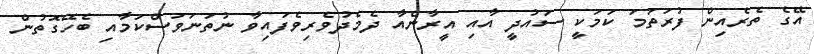
އޭގެ ތެރެއިން ފުރަތަމަ ކަމަކީ ސައުދީ އާއި އީރާންއާ ދެމެދުވެރިވެފައިވާ ނުތަނަވަސްކަމާއި ބެހޭގޮތުން